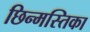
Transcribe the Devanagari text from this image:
छिन्मस्तिका